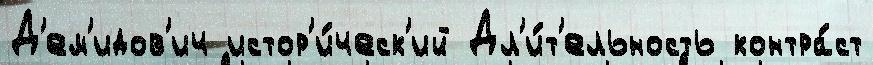
Д'ем'идов'ич истор'и́ческ'ий Дл'и́т'ельность контра́ст